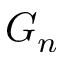
G _ { n }